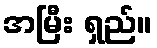
အမြီး ရှည်။